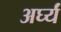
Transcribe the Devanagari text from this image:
अर्घ्यं